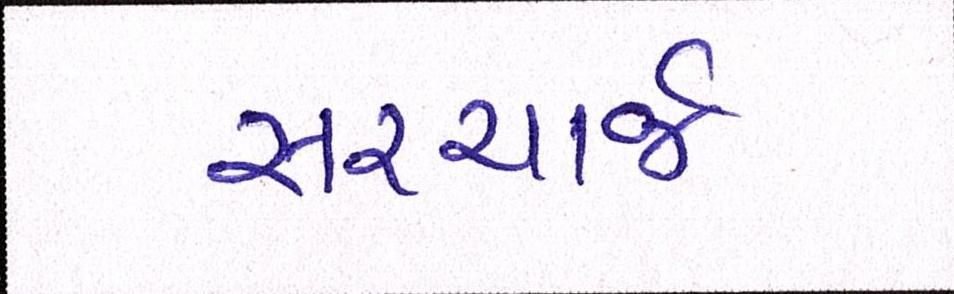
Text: સરચાર્જ